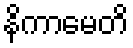
နိကာမေတိ